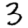
Digit: 3